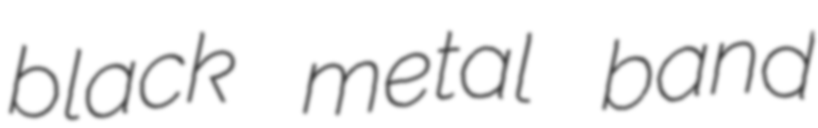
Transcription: black metal band